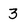
Character: 3